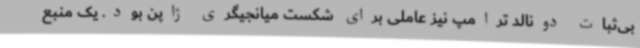
بی‌ثبات دونالد ترامپ نیز عاملی برای شکست میانجیگری ژاپن بود. یک منبع